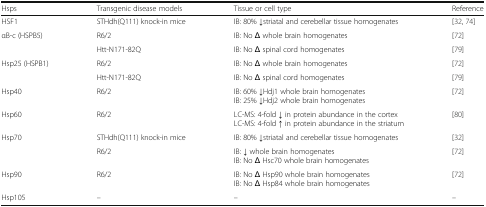
<table><thead><tr><td><b>Hsps</b></td><td><b>Transgenic disease models</b></td><td><b>Tissue or cell type</b></td><td><b>Reference</b></td></tr></thead><tbody><tr><td>HSF1</td><td>STHdh(Q111) knock-in mice</td><td>IB: 80% ↓striatal and cerebellar tissue homogenates</td><td>[32, 74]</td></tr><tr><td rowspan="2">αB-c (HSPB5)</td><td>R6/2</td><td>IB: No Δ whole brain homogenates</td><td>[72]</td></tr><tr><td>Htt-N171-82Q</td><td>IB: No Δ spinal cord homogenates</td><td>[79]</td></tr><tr><td rowspan="2">Hsp25 (HSPB1)</td><td>R6/2</td><td>IB: No Δ whole brain homogenates</td><td>[72]</td></tr><tr><td>Htt-N171-82Q</td><td>IB: No Δ spinal cord homogenates</td><td>[79]</td></tr><tr><td>Hsp40</td><td>R6/2</td><td>IB: 60% ↓Hdj1 whole brain homogenatesIB: 25% ↓Hdj2 whole brain homogenates</td><td>[72]</td></tr><tr><td>Hsp60</td><td>R6/2</td><td>LC-MS: 4-fold ↓ in protein abundance in the cortexLC-MS: 4-fold ↑ in protein abundance in the striatum</td><td>[80]</td></tr><tr><td rowspan="2">Hsp70</td><td>STHdh(Q111) knock-in mice</td><td>IB: 80% ↓striatal and cerebellar tissue homogenates</td><td>[32]</td></tr><tr><td>R6/2</td><td>IB: ↓ whole brain homogenatesIB: No Δ Hsc70 whole brain homogenates</td><td>[72]</td></tr><tr><td>Hsp90</td><td>R6/2</td><td>IB: No Δ Hsp90 whole brain homogenatesIB: No Δ Hsp84 whole brain homogenates</td><td>[72]</td></tr><tr><td>Hsp105</td><td>–</td><td>–</td><td>–</td></tr></tbody></table>